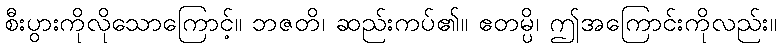
စီးပွားကိုလိုသောကြောင့်။ ဘဇတိ၊ ဆည်းကပ်၏။ ဧတမ္ပိ၊ ဤအကြောင်းကိုလည်း။